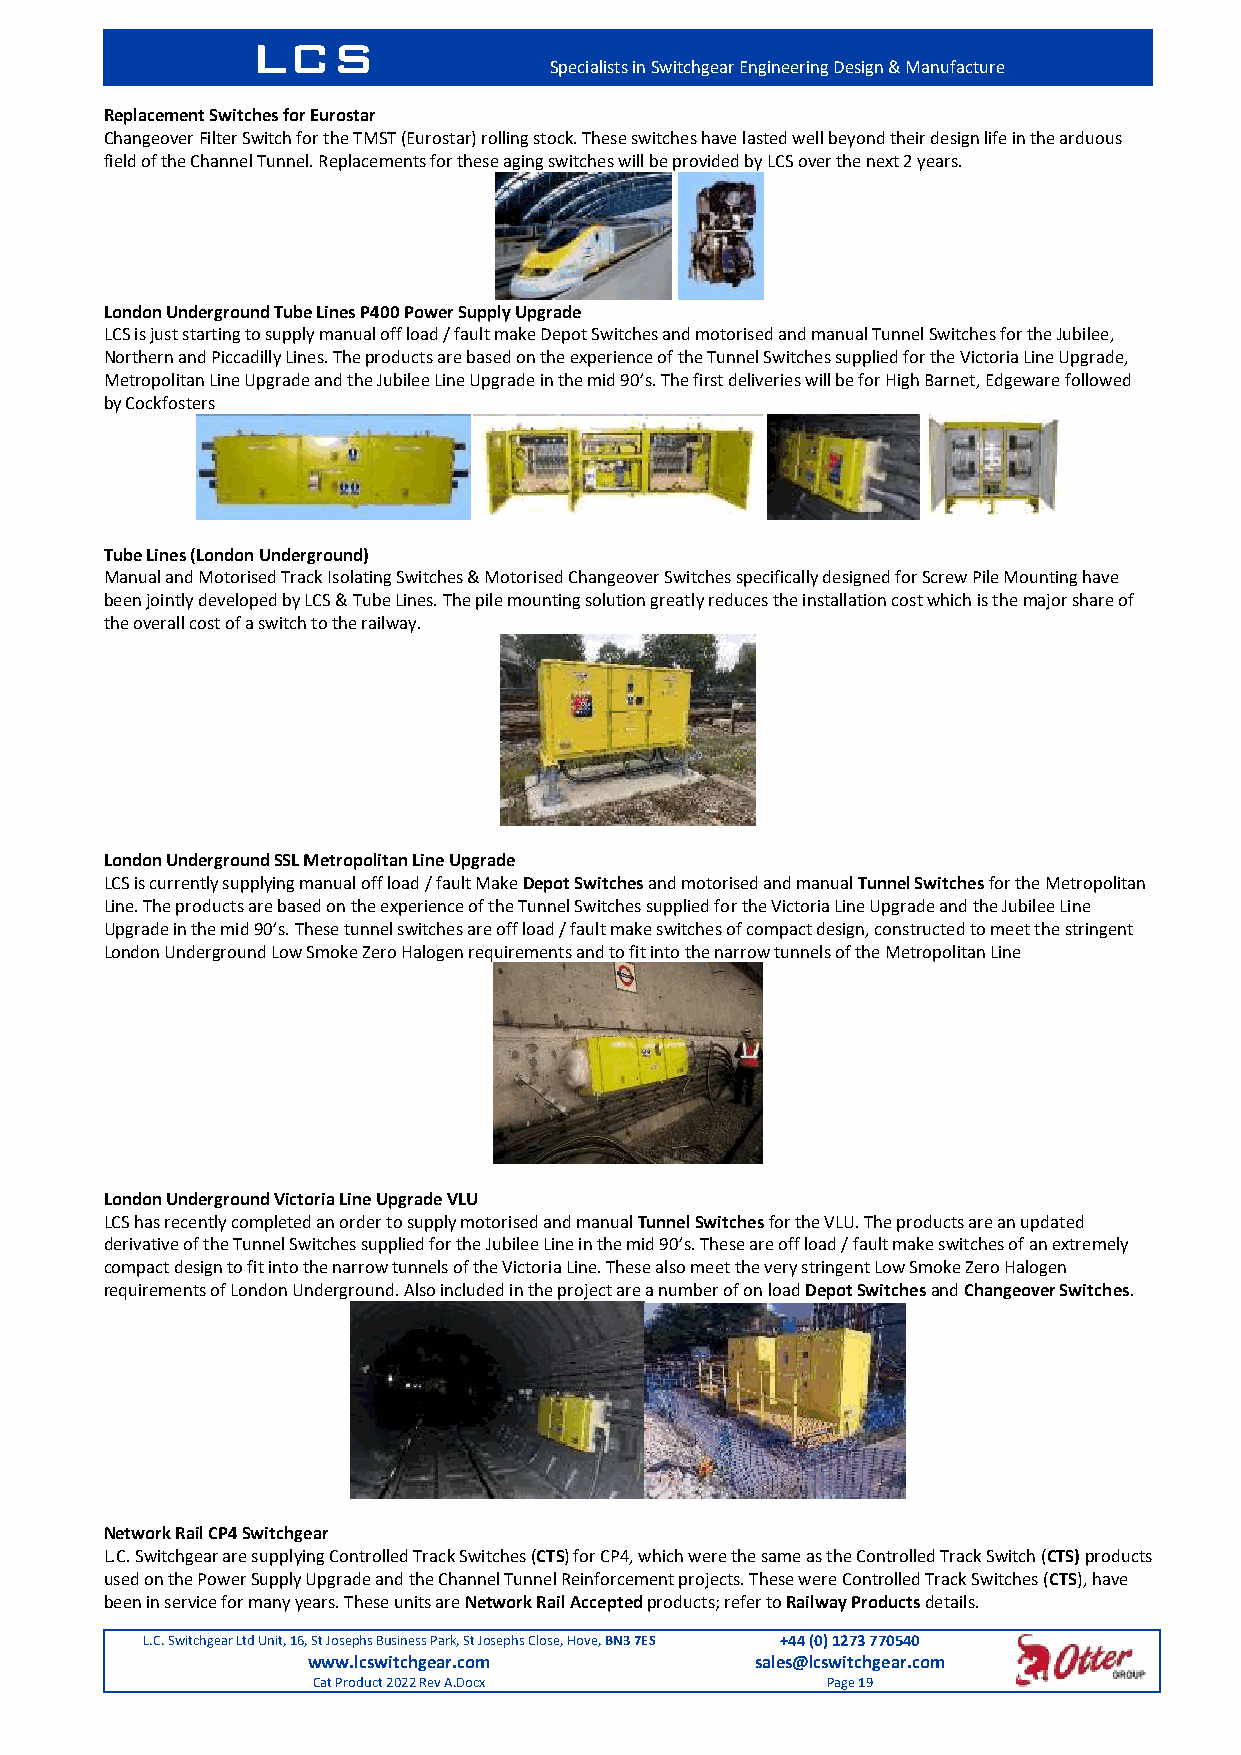
LCS
 Specialists in Switchgear Engineering Design & Manufacture
 Replacement Switches for Eurostar
 Changeover Filter Switch for the TMST (Eurostar) rolling stock. These switches have lasted well beyond their design life in the arduous
 field of the Channel Tunnel. Replacements for these aging switches will be provided by LCS over the next 2 years.
 London Underground Tube Lines P400 Power Supply Upgrade
 LCS is just starting to supply manual off load / fault make Depot Switches and motorised and manual Tunnel Switches for the Jubilee,
 Northern and Piccadilly Lines. The products are based on the experience of the Tunnel Switches supplied for the Victoria Line Upgrade,
 Metropolitan Line Upgrade and the Jubilee Line Upgrade in the mid 90’s. The first deliveries will be for High Barnet, Edgeware followed
 by Cockfosters
 Tube Lines (London Underground)
 Manual and Motorised Track Isolating Switches & Motorised Changeover Switches specifically designed for Screw Pile Mounting have
 been jointly developed by LCS & Tube Lines. The pile mounting solution greatly reduces the installation cost which is the major share of
 the overall cost of a switch to the railway.
 London Underground SSL Metropolitan Line Upgrade
 LCS is currently supplying manual off load / fault Make Depot Switches and motorised and manual Tunnel Switches for the Metropolitan
 Line. The products are based on the experience of the Tunnel Switches supplied for the Victoria Line Upgrade and the Jubilee Line
 Upgrade in the mid 90’s. These tunnel switches are off load / fault make switches of compact design, constructed to meet the stringent
 London Underground Low Smoke Zero Halogen requirements and to fit into the narrow tunnels of the Metropolitan Line
 London Underground Victoria Line Upgrade VLU
 LCS has recently completed an order to supply motorised and manual Tunnel Switches for the VLU. The products are an updated
 derivative of the Tunnel Switches supplied for the Jubilee Line in the mid 90’s. These are off load / fault make switches of an extremely
 compact design to fit into the narrow tunnels of the Victoria Line. These also meet the very stringent Low Smoke Zero Halogen
 requirements of London Underground. Also included in the project are a number of on load Depot Switches and Changeover Switches.
 Network Rail CP4 Switchgear
 L.C. Switchgear are supplying Controlled Track Switches (CTS) for CP4, which were the same as the Controlled Track Switch (CTS) products
 used on the Power Supply Upgrade and the Channel Tunnel Reinforcement projects. These were Controlled Track Switches (CTS), have
 been in service for many years. These units are Network Rail Accepted products; refer to Railway Products details.
 L.C. Switchgear Ltd Unit, 16, St Josephs Business Park, St Josephs Close, Hove, BN3 7ES +44 (0) 1273 770540
 www.lcswitchgear.com          sales@lcswitchgear.com
 Cat Product 2022 Rev A.Docx       Page 19